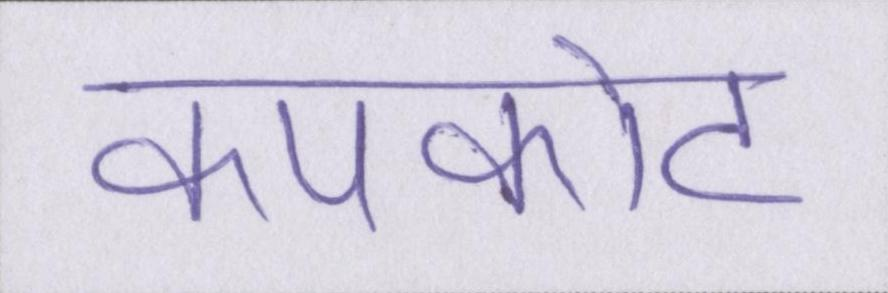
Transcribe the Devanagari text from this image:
कपकोट